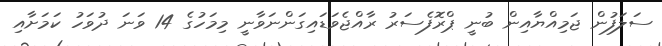
ސަލަފުން ޖަމިއްޔާއިން ބުނީ ޕްރޮފެސަރު ރާއްޖެވަޑައިގަންނަވާނީ މިމަހުގެ 14 ވަނަ ދުވަހު ކަމަށާއި